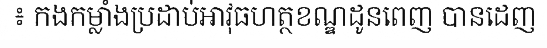
៖ កងកម្លាំងប្រដាប់អាវុធហត្ថខណ្ឌដូនពេញ បានដេញ